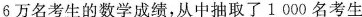
6万名考生的数学成绩，从中抽取了1000名考生